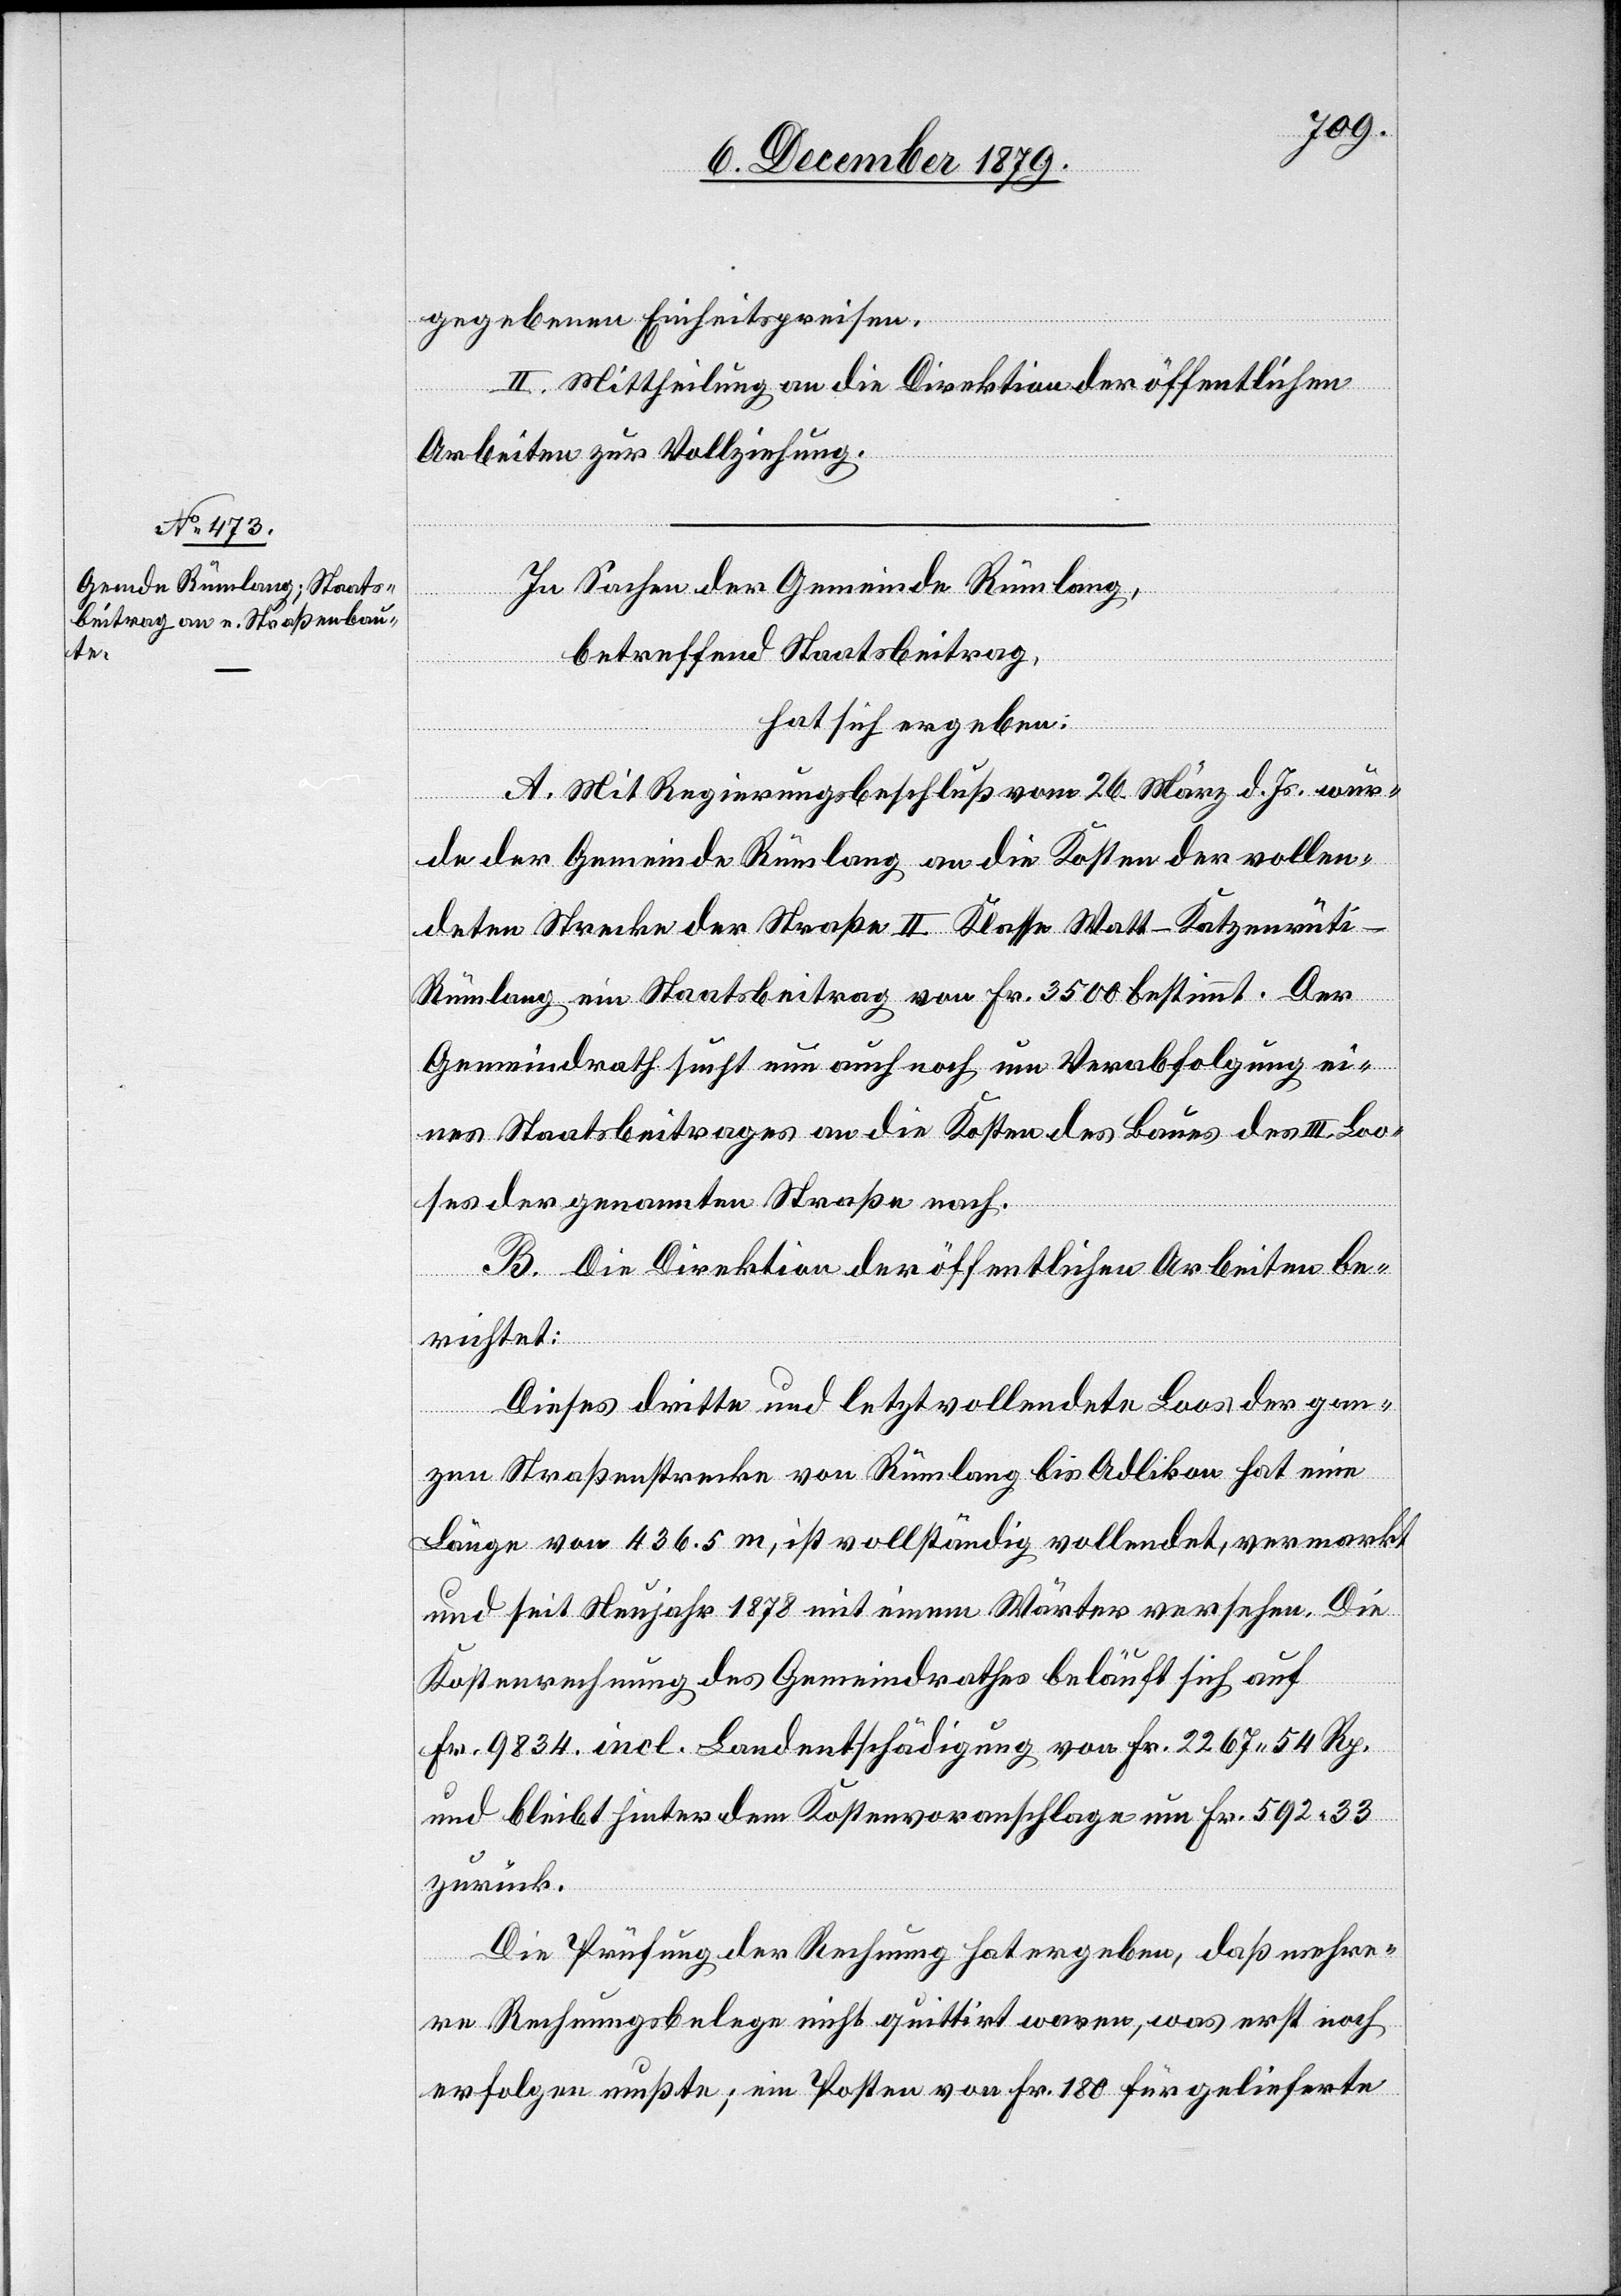
gegebenen Einheitspreisen.
von Fr.
II. Mittheilung an die Direktion der öffentlichen
Arbeiten zur Vollziehung.
In Sachen der Gemeinde Rümlang,
betreffend Staatsbeitrag,
hat sich ergeben:
A. Mit Regierungsbeschluß vom 26. März d. Js. wur¬
de der Gemeinde Rümlang an die Kosten der vollen¬
deten Strecke der Straße II. Klasse Watt–Katzenrüt¬
i–Rümlang ein Staatsbeitrag von Fr. 3500 bestimmt. Der
Gemeindrath sucht nun auch noch um Verabfolgung ei¬
nes Staatsbeitrages an die Kosten des Baues des III. Loo¬
ses der genannten Straße nach.
B. Die Direktion der öffentlichen Arbeiten be¬
richtet:
Dieses dritte und letztvollendete Loos der gan¬
zen Straßenstrecke von Rümlang bis Adlikon hat eine
Länge von 436.5 m, ist vollständig vollendet, vermarkt
und seit Neujahr 1878 mit einem Wärter versehen. Die
Kostenrechnung des Gemeindrathes beläuft sich auf
zurück.
Die Prüfung der Rechnung hat ergeben, daß mehre¬
re Rechnungsbelege nicht quittirt waren, was erst noch
erfolgen mußte; ein Posten von Fr. 180 für gelieferte